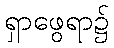
ရှာဖွေရာ၌